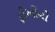
ફીઓનો